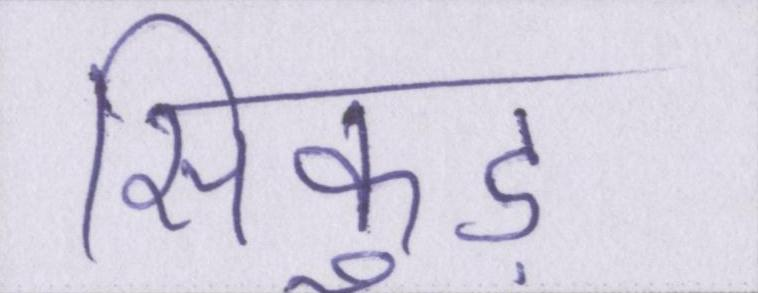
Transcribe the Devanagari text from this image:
सिकुड़